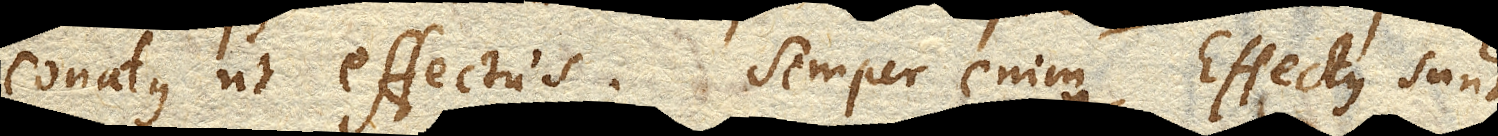
conatus ut effectus. Semper enim effectus sunt